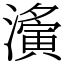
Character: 濥